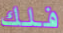
فلك